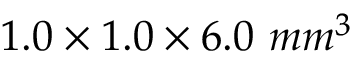
1 . 0 \times 1 . 0 \times 6 . 0 ~ m m ^ { 3 }